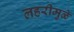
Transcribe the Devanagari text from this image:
लहरीमुळे